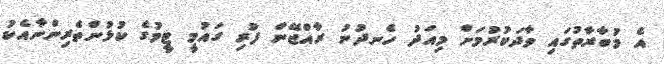
އެ މުބާރާތުގައި ވާދަކުރުމަށް މިއަދު ހެނދުނު ރާއްޖޭން ފުރި ގައުމީ ޓީމުގެ ކުޅުންތެރިންނާއެކު